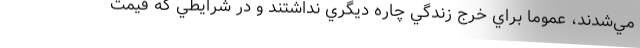
مي‌شدند، عموما براي خرج زندگي چاره ديگري نداشتند و در شرايطي كه قيمت